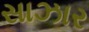
સાઝાર